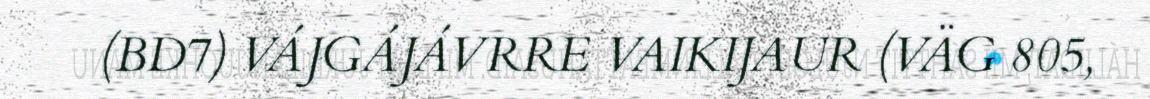
(BD7) VÁJGÁJÁVRRE VAIKIJAUR (VÄG 805,